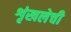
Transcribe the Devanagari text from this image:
शृंखलेची